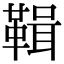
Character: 䩰